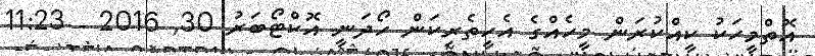
އޮތްމީހަކު ކީއްކުރަން މީހެއްގެ އެހީތެރިކަން ހޯދަނީ އޮކްޓޯބަރު 30